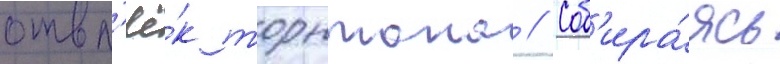
отвл'ё́к торнтона // Соб'ира́ясь